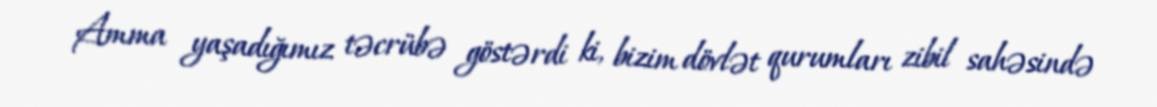
Amma yaşadığımız təcrübə göstərdi ki, bizim dövlət qurumları zibil sahəsində